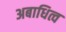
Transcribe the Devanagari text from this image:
अबाधित्व